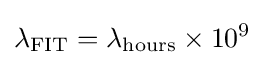
\lambda _{\text{FIT}}=\lambda _{\text{hours}}\times 10^{9}